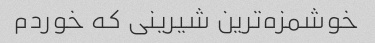
خوشمزه‌ترین شیرینی که خوردم